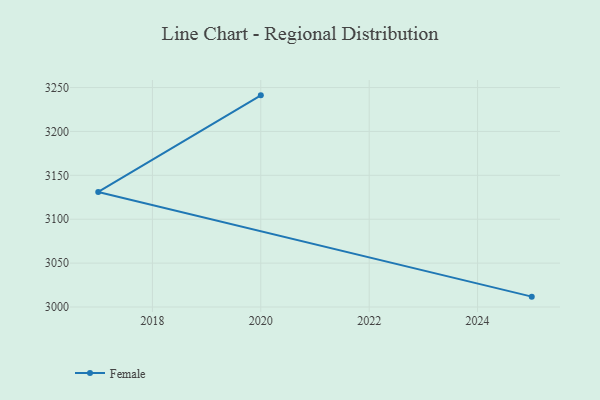
{"axis": {"x": "Year", "y": "Backlog"}, "legend": ["Female"], "data": [{"x": "2020", "y": 3241.1, "type": "Female"}, {"x": "2017", "y": 3131.1, "type": "Female"}, {"x": "2025", "y": 3011.8, "type": "Female"}]}